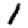
Digit: 1